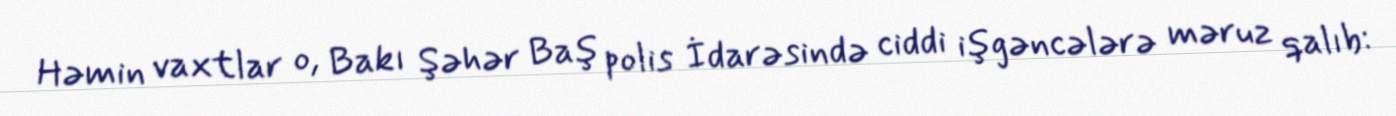
Həmin vaxtlar o, Bakı Şəhər Baş polis İdarəsində ciddi işgəncələrə məruz qalıb: